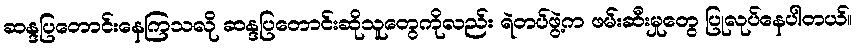
ဆန္ဒပြတောင်းနေကြသလို ဆန္ဒပြတောင်းဆိုသူတွေကိုလည်း ရဲတပ်ဖွဲ့က ဖမ်းဆီးမှုတွေ ပြုလုပ်နေပါတယ်။